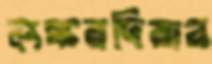
লস্করদিয়ার